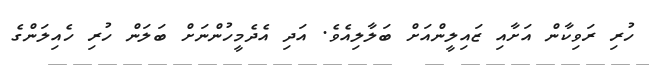
ހުރި ރަވިކާން އަށާއި ޒައިލީންއަށް ބަލާލިއެވެ. އަދި އެދެމީހުންނަށް ބަލަން ހުރި ހެއިލަންގެ